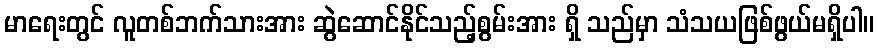
မာရေးတွင် လူတစ်ဘက်သားအား ဆွဲဆောင်နိုင်သည့်စွမ်းအား ရှိ သည်မှာ သံသယဖြစ်ဖွယ်မရှိပါ။